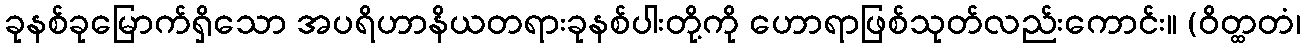
ခုနစ်ခုမြောက်ရှိသော အပရိဟာနိယတရားခုနစ်ပါးတို့ကို ဟောရာဖြစ်သုတ်လည်းကောင်း။ (ဝိတ္ထတံ၊